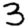
Digit: 3